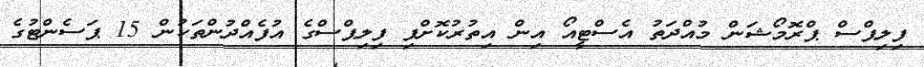
ފިލިޕްސް ޕްރޮމޯޝަން މުއްދަތު އެސްޓީއޯ އިން އިތުރުކޮށްފި ފިލިޕްސްގެ އުފެއްދުންތަކުން 15 ޕަސެންޓުގެ